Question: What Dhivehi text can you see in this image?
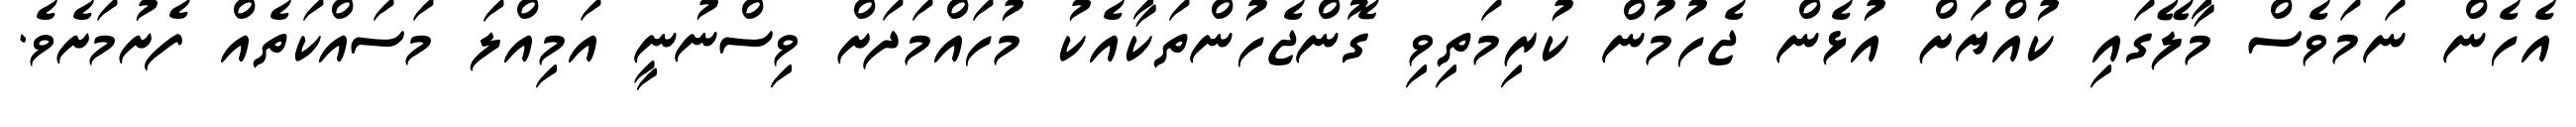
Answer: އެހެން ނަމަވެސް މާލޭގައި ކުއްޔަށް އުޅެން ޖެހުމުން ކުރިމަތިވި ގޮންޖެހުންތަކާއެކު މުހައްމަދަށް ވިސްނުނީ އަމިއްލަ މަސައްކަތެއް ފެށުމަށެވެ.